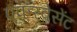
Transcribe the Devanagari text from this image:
एफरवेसेंट